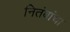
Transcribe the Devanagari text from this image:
नितंबांचा